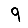
Digit: 9